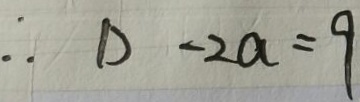
\therefore D - 2 a = 9